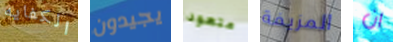
الكفايه يجيدون متعود المزيفة ان